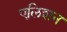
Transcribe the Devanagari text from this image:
एलिशन